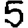
Digit: 5